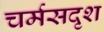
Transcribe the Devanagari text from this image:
चर्मसदृश